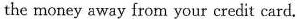
the money away from your credit card.